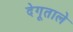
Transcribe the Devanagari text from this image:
देगूताले